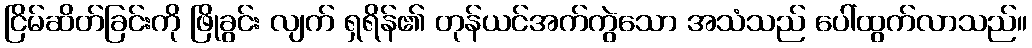
ငြိမ်ဆိတ်ခြင်းကို ဖြိုခွင်း လျက် ရှရိန်၏ တုန်ယင်အက်ကွဲသော အသံသည် ပေါ်ထွက်လာသည်။